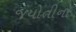
જયોતીનો